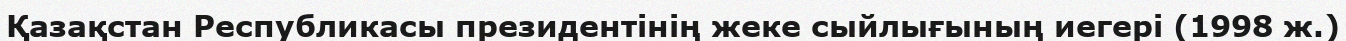
Қазақстан Республикасы президентінің жеке сыйлығының иегері (1998 ж.)